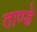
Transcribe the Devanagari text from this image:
ताण्डे